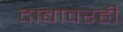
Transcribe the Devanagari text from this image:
दाबावरही